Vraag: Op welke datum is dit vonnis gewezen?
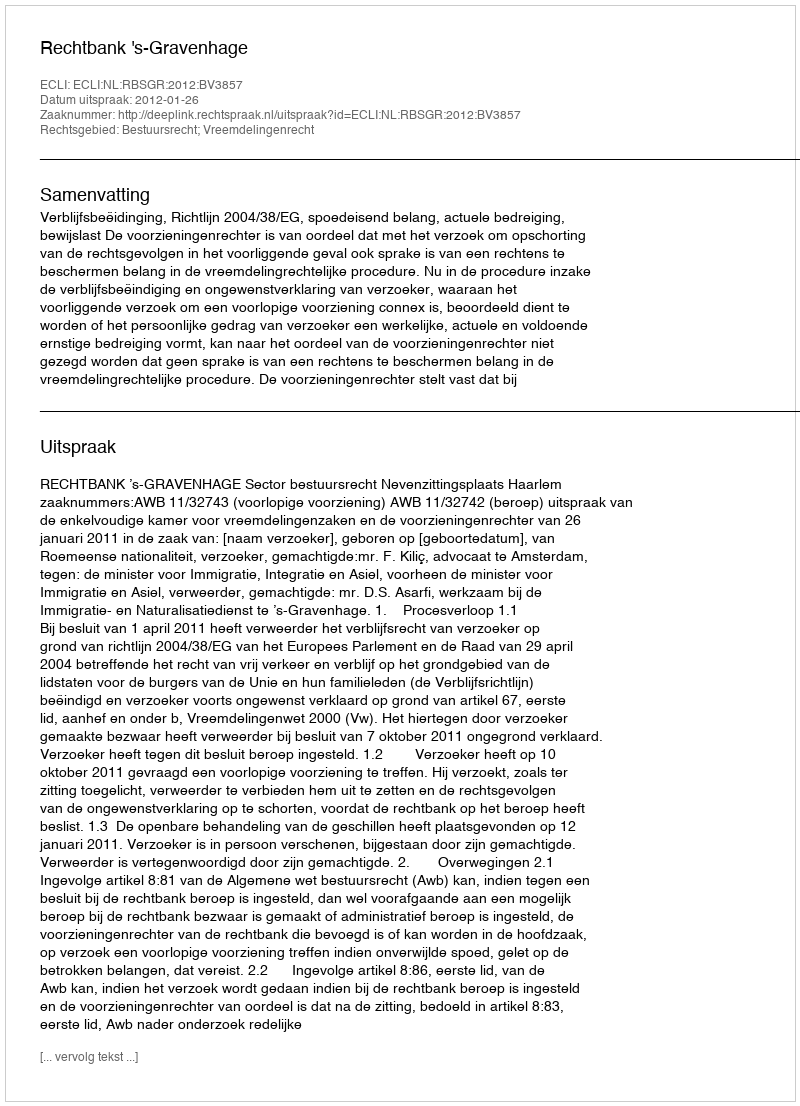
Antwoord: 2012-01-26